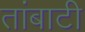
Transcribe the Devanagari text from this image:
तांबाटी